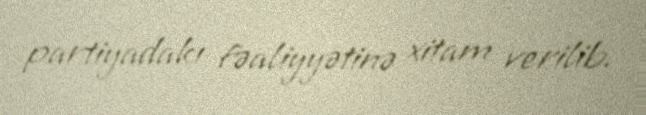
partiyadakı fəaliyyətinə xitam verilib.